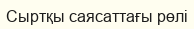
Сыртқы саясаттағы рөлі